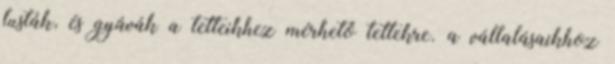
lusták, és gyávák a tetteikhez mérhető tettekre. a vállalásaikhoz